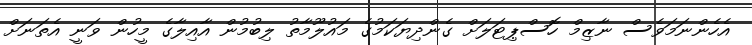
އެހެންނަމަވެސް ނާޒިމް ހޮސްޕިޓަލަށް ގެންދިޔަކަމުގެ މައުލޫމާތު ލިބުމުން އާއިލާގެ މީހުން ވަނީ އެތަނަށް